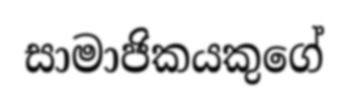
සාමාජිකයකුගේ